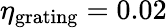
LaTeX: \eta_{\textrm{grating}}=0.02